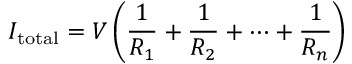
I _ { \mathrm { t o t a l } } = V \left( { \frac { 1 } { R _ { 1 } } } + { \frac { 1 } { R _ { 2 } } } + \cdots + { \frac { 1 } { R _ { n } } } \right)